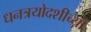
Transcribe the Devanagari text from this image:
धनत्रयोदशीच्या